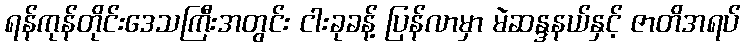
ရန်ကုန်တိုင်းဒေသကြီးအတွင်း ငါးခုခန့် ပြန်လာမှာ မဲဆန္ဒနယ်နှင့် ဇာတိအရပ်